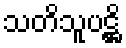
သတိသူပဋ္ဌိ